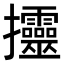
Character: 𢺰